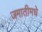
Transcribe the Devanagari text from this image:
जमातीमधे